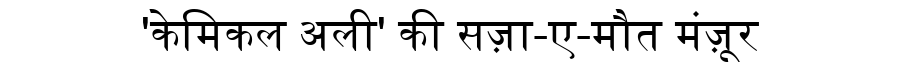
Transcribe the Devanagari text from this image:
'केमिकल अली' की सज़ा-ए-मौत मंज़ूर